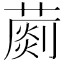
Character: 𦺶